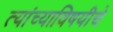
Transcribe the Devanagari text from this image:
त्यांच्याविषयीचे